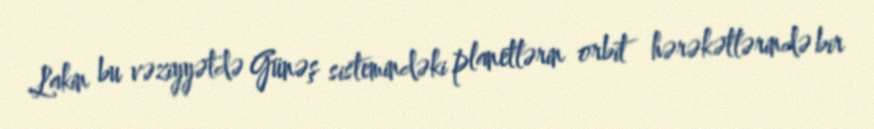
Lakin bu vəziyyətdə Günəş sistemindəki planetlərin orbit hərəkətlərində bir